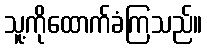
သူ့ကိုထောက်ခံကြသည်။